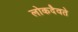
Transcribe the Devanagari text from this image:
लोकदैवते